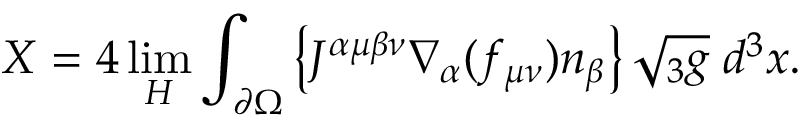
{ \cal X } = 4 \operatorname * { l i m } _ { H } \int _ { \partial \Omega } \left\{ J ^ { \alpha \mu \beta \nu } \nabla _ { \alpha } ( f _ { \mu \nu } ) n _ { \beta } \right\} \sqrt { { } _ { 3 } g } \; d ^ { 3 } x .